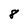
Character: 8